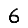
Digit: 6